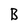
Character: B